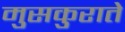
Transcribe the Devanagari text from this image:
मुसकुराते